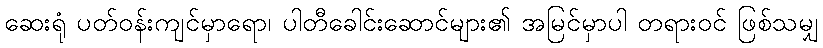
ဆေးရုံ ပတ်ဝန်းကျင်မှာရော၊ ပါတီခေါင်းဆောင်များ၏ အမြင်မှာပါ တရားဝင် ဖြစ်သမျှ